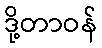
ဒို့တာဝန်